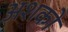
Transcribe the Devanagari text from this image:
अशको